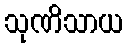
သုဏိသာယ